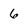
Character: 6